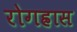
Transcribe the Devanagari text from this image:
रोगह्रास